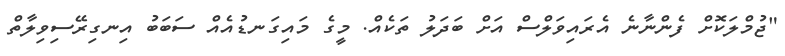
"ޖުމްލަކޮށް ފެންނާނެ އެރައިވަލްސް އަށް ބަދަލު ތަކެއް. މީގެ މައިގަނޑުއެއް ސަބަބު އިނގިރޭސިވިލާތް